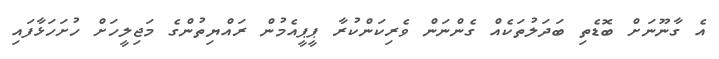
އެ ގާނޫނަަށް ބޮޑެތި ބަދަލުތަކެއް ގެންނަން ވެރިކަންކުރާ ޕީޕީއެމުން ރައްޔިތުންގެ މަޖިލީހަށް ހުށަހަޅާފައި